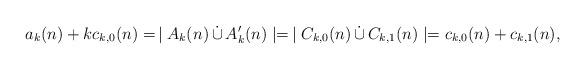
LaTeX: \begin{align*}a_k(n) + kc_{k,0}(n)= \, \mid A_k(n) \, \dot\cup \, A'_k(n) \mid= \, \mid C_{k,0}(n) \, \dot\cup \, C_{k,1}(n) \mid= c_{k,0}(n) + c_{k,1}(n),\end{align*}